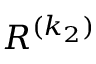
{ R } ^ { ( k _ { 2 } ) }